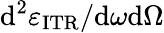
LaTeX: \mathrm{d}^{2}\varepsilon_{\mathrm{ITR}}/\mathrm{d}\omega\mathrm{d}\Omega